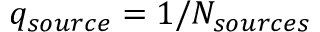
q _ { s o u r c e } = 1 / N _ { s o u r c e s }